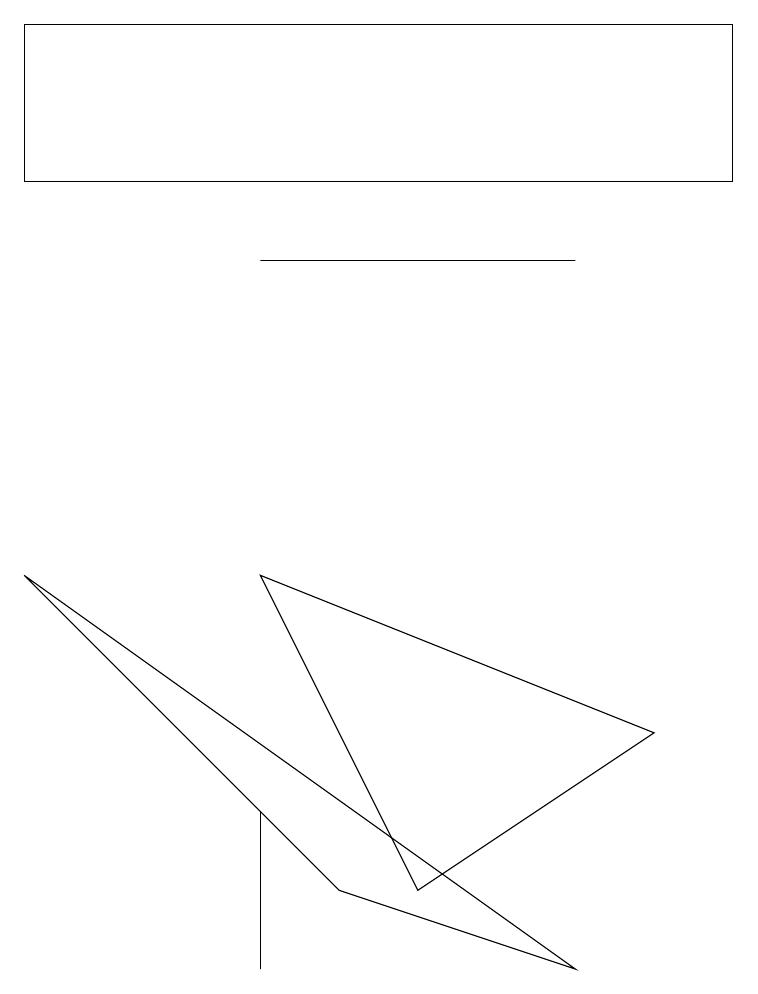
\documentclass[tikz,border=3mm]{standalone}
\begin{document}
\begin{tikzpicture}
\draw (9,15) rectangle (0,13);
\draw (4,4) -- (0,8) -- (7,3) -- cycle;
\draw (3,5) -- (3,3) -- (3,5) -- cycle;
\draw (7,12) rectangle (3,12);
\draw (3,8) -- (8,6) -- (5,4) -- cycle;
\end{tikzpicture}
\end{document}